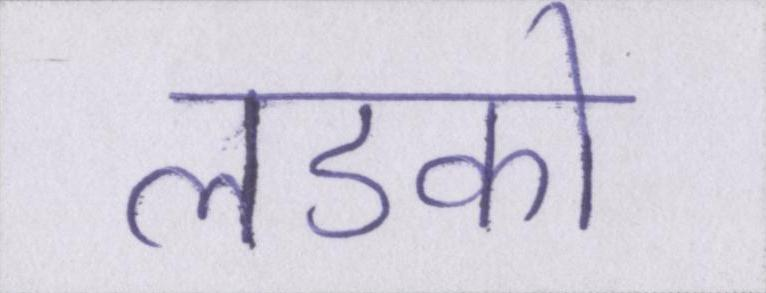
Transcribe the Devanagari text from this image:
लडको